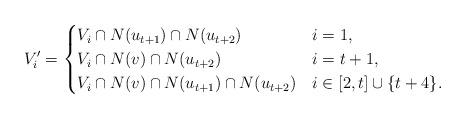
LaTeX: \begin{align*}V_{i}' =\begin{cases}V_{i}\cap N(u_{t+1}) \cap N(u_{t+2}) & i = 1, \\V_{i}\cap N(v) \cap N(u_{t+2}) & i = t+1, \\V_{i}\cap N(v) \cap N(u_{t+1}) \cap N(u_{t+2}) & i\in [2,t]\cup \{t+4\}.\end{cases}\end{align*}